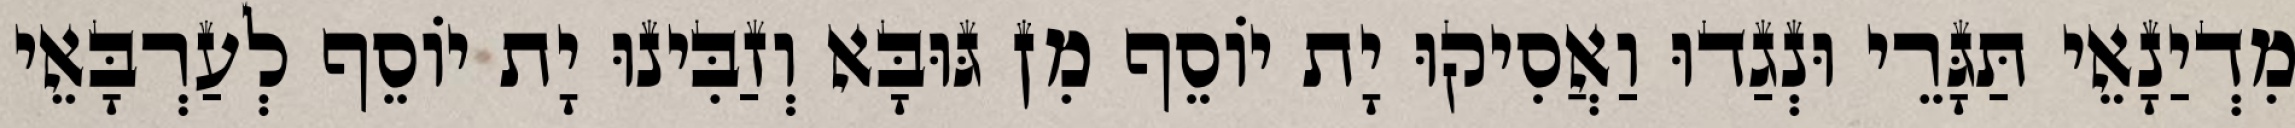
מִדְיַנָאֵי תַּגָּרֵי וּנְגַדוּ וַאֲסִיקוּ יָת יוֹסֵף מִן גּוּבָּא וְזַבִּינוּ יָת יוֹסֵף לְעַרְבָּאֵי